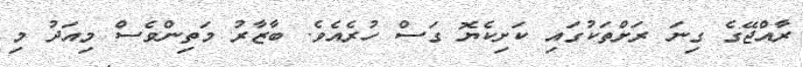
ރާއްޖޭގެ ގިނަ ރަށްތަކުގައި ކަށިކެޔޮ ގަސް ހުރެއެވެ. ބާޒާރު މަތިންވެސް މިއަދު މި